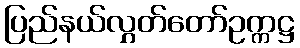
ပြည်နယ်လွှတ်တော်ဥက္ကဋ္ဌ